Papers set at the Examination for Leaving Certificates, 1894
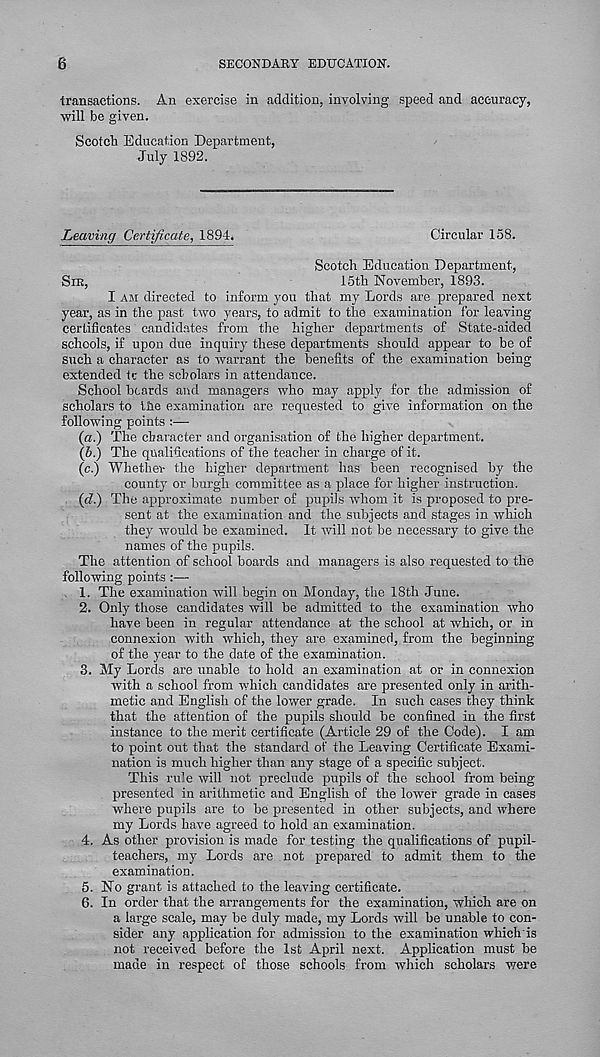
6
SECONDARY EDUCATION.
transactions. An exercise in addition, involving speed and accuracy,
will be given.
Scoteti Education Department,
July 1892.
Leaving Certificate, 1894.
Circular 158.
Scotch Education Department,
SIR,
15th November, 1893.
I AM directed to inform you that my Lords are prepared next
year, as in the past two years, to admit to the examination for leaving
certificates candidates from the higher departments of State-aided
schools, if upon due inquiry these departments should appear to be of
such a character as to warrant the benefits of the examination being
extended tc the scholars in attendance.
School beards and managers who may apply for the admission of
scholars to the examination are requested to give information on the
following points :—
(a.) The character and organisation of the higher department.
(5.) The qualifications of the teacher in charge of it.
(e.) Whether- the higher department has been recognised by the
county or burgh committee as a place for higher instruction.
((?.) The approximate number of pupils whom it is proposed to pre-
sent at the examination and the subjects and stages in which
they would be examined. It will not be necessary to give the
names of the pupils.
The attention of school boards and managers is also requested to the
following points :—
1. The examination will begin on Monday, the 18th June.
2. Only those candidates will be admitted to the examination who
have been in regular attendance at the school at which, or in
connexion with which, they are examined, from the beginning
of the year to the date of the examination.
3. My Lords are unable to hold an examination at or in connexion
with a school from which candidates are presented only in arith-
metic and English of the lower grade. In such cases they think
that the attention of the pupils should be confined in the first
instance to the merit certificate (Article 29 of the Code). I am
to point out that the standard of the Leaving Certificate Exami-
nation is much higher than any stage of a specific subject.
This rule will not preclude pupils of the school from being
presented in arithmetic and English of the lower grade in cases
where pupils are to be presented in other subjects, and where
my Lords have agreed to hold an examination.
4. As other provision is made for testing the qualifications of pupil-
teachers, my Lords are not prepared to admit them to the
examination.
5. No grant is attached to the leaving certificate.
6. In order that the arrangements for the examination, which are on
a large scale, may be duly made, my Lords will be unable to con-
sider any application for admission to the examination which is
not received before the 1st April next. Application must be
made in respect of those schools from which scholars were